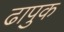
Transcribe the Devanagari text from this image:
ढापुक